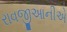
રાવજીઆનીએ